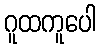
ဂူထကူပေါ